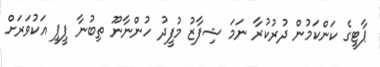
ޕާޓީގެ ކަންކަމުން ދުރުކުރާ ނަމަ ޝިފާޒު މުފީދު ހުންނާނޫ ތިބުނާ ޕީޕީ އަކުވަރަށް